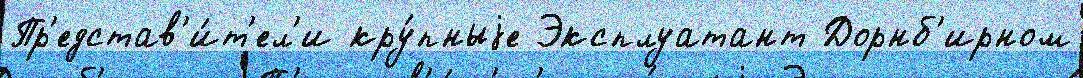
Пр'едстав'и́т'ел'и кру́пныjе Эксплуатант Дорнб'ирном